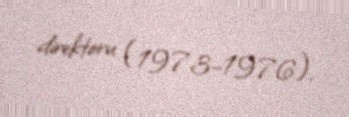
direktoru (1973–1976).